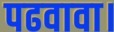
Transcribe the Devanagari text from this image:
पढवावा।